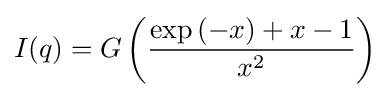
I(q)=G\left({\frac {\exp \left(-x\right)+x-1}{x^{2}}}\right)